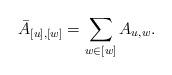
LaTeX: \begin{align*}\bar A_{[u],[w]} = \sum_{w\in [w]} A_{u,w}.\end{align*}